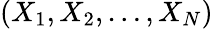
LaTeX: (X_{1},X_{2},\dots,X_{N})